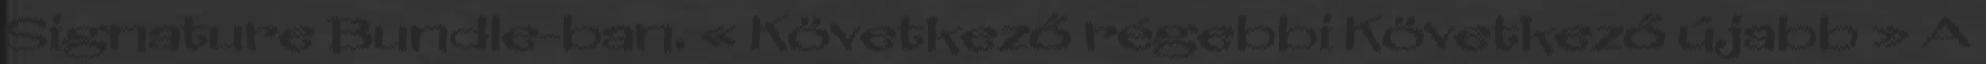
Signature Bundle-ban. « Következő régebbi Következő újabb » A